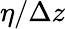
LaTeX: \eta/\Delta z